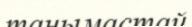
танымастай